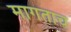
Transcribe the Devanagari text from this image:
मागताच